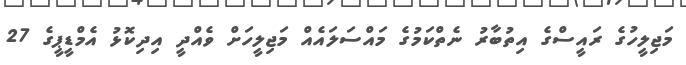
މަޖިލީހުގެ ރައީސްގެ އިތުބާރު ނެތްކަމުގެ މައްސަލައެއް މަޖިލީހަށް ވެއްދީ އިދިކޮޅު އެމްޑީޕީގެ 27